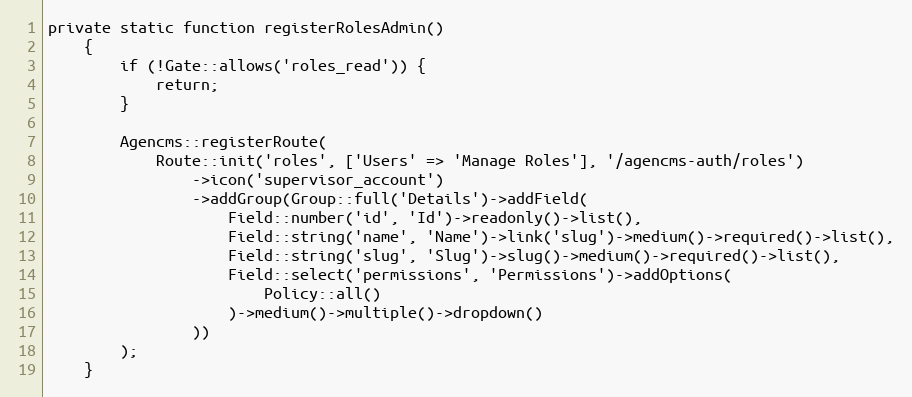
Language: PHP
private static function registerRolesAdmin()
    {
        if (!Gate::allows('roles_read')) {
            return;
        }

        Agencms::registerRoute(
            Route::init('roles', ['Users' => 'Manage Roles'], '/agencms-auth/roles')
                ->icon('supervisor_account')
                ->addGroup(Group::full('Details')->addField(
                    Field::number('id', 'Id')->readonly()->list(),
                    Field::string('name', 'Name')->link('slug')->medium()->required()->list(),
                    Field::string('slug', 'Slug')->slug()->medium()->required()->list(),
                    Field::select('permissions', 'Permissions')->addOptions(
                        Policy::all()
                    )->medium()->multiple()->dropdown()
                ))
        );
    }